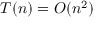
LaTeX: T ( n ) = O ( n ^ { 2 } )